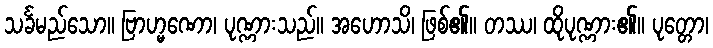
သင်္ခမည်သော။ ဗြာဟ္မဏော၊ ပုဏ္ဏားသည်။ အဟောသိ၊ ဖြစ်၏။ တဿ၊ ထိုပုဏ္ဏား၏။ ပုတ္တော၊